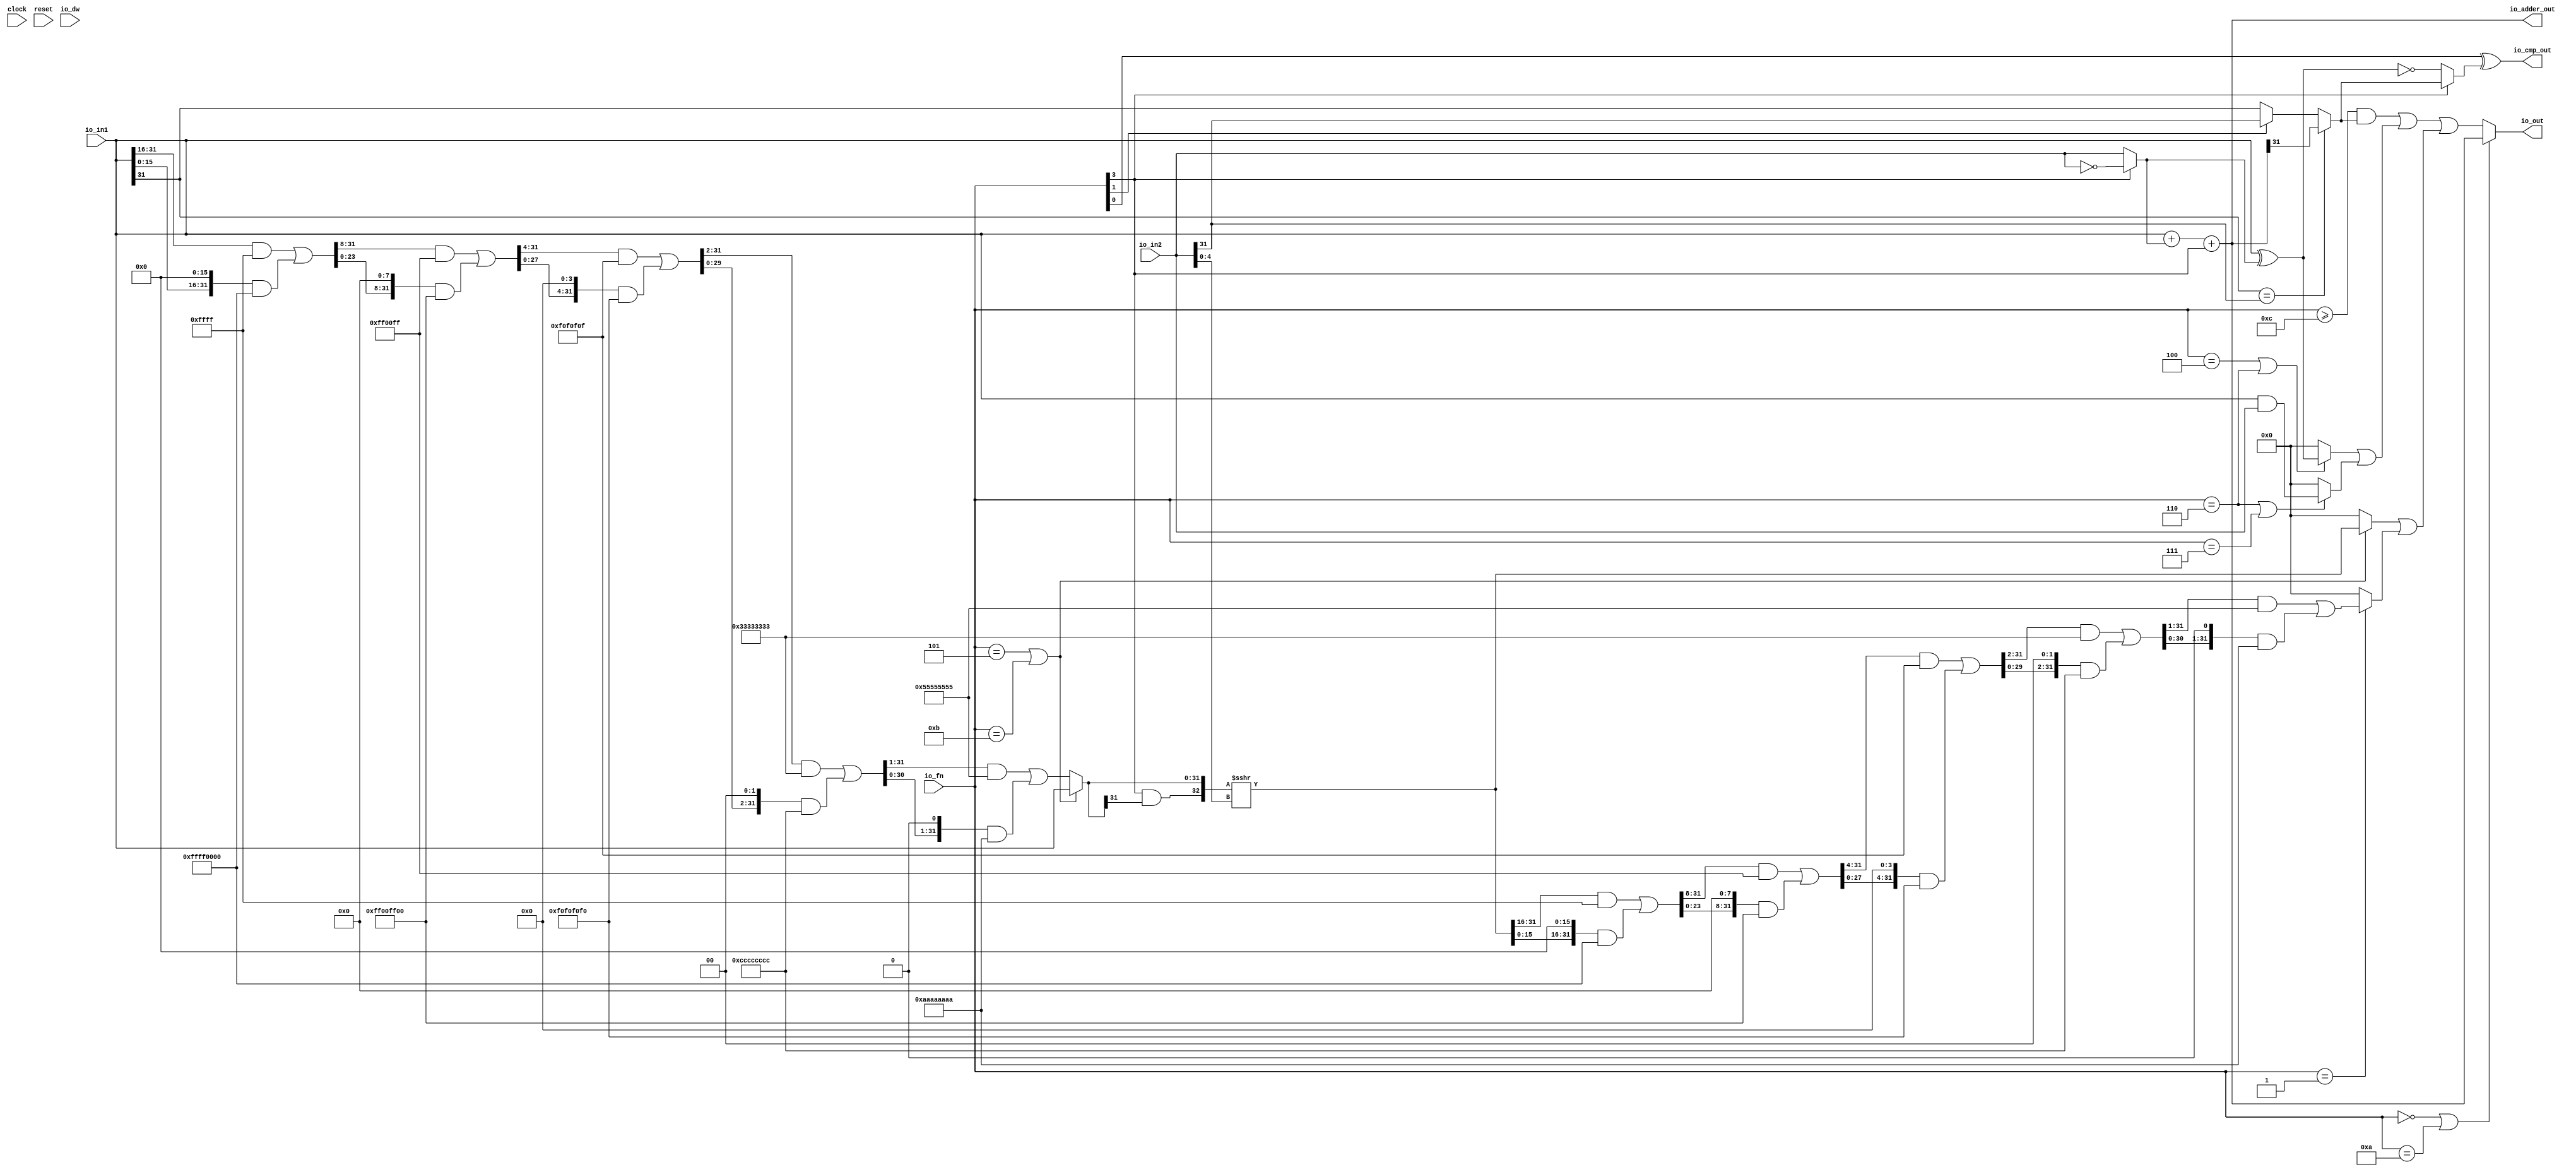
module ALU(
  input         clock,
  input         reset,
  input         io_dw,
  input  [3:0]  io_fn,
  input  [31:0] io_in2,
  input  [31:0] io_in1,
  output [31:0] io_out,
  output [31:0] io_adder_out,
  output        io_cmp_out
);
  wire [31:0] _in2_inv_T_1 = ~io_in2; // @[ALU.scala 99:35]
  wire [31:0] in2_inv = io_fn[3] ? _in2_inv_T_1 : io_in2; // @[ALU.scala 99:20]
  wire [31:0] in1_xor_in2 = io_in1 ^ in2_inv; // @[ALU.scala 100:28]
  wire [31:0] _io_adder_out_T_1 = io_in1 + in2_inv; // @[ALU.scala 101:26]
  wire [31:0] _GEN_0 = {{31'd0}, io_fn[3]}; // @[ALU.scala 101:36]
  wire  _slt_T_7 = io_fn[1] ? io_in2[31] : io_in1[31]; // @[ALU.scala 106:8]
  wire  slt = io_in1[31] == io_in2[31] ? io_adder_out[31] : _slt_T_7; // @[ALU.scala 105:8]
  wire  _io_cmp_out_T_2 = ~io_fn[3]; // @[ALU.scala 82:26]
  wire  _io_cmp_out_T_4 = _io_cmp_out_T_2 ? in1_xor_in2 == 32'h0 : slt; // @[ALU.scala 107:41]
  wire [4:0] shamt = io_in2[4:0]; // @[ALU.scala 111:28]
  wire  _shin_T_2 = io_fn == 4'h5 | io_fn == 4'hb; // @[ALU.scala 119:35]
  wire [31:0] _GEN_1 = {{16'd0}, io_in1[31:16]}; // @[Bitwise.scala 105:31]
  wire [31:0] _shin_T_6 = _GEN_1 & 32'hffff; // @[Bitwise.scala 105:31]
  wire [31:0] _shin_T_8 = {io_in1[15:0], 16'h0}; // @[Bitwise.scala 105:70]
  wire [31:0] _shin_T_10 = _shin_T_8 & 32'hffff0000; // @[Bitwise.scala 105:80]
  wire [31:0] _shin_T_11 = _shin_T_6 | _shin_T_10; // @[Bitwise.scala 105:39]
  wire [31:0] _GEN_2 = {{8'd0}, _shin_T_11[31:8]}; // @[Bitwise.scala 105:31]
  wire [31:0] _shin_T_16 = _GEN_2 & 32'hff00ff; // @[Bitwise.scala 105:31]
  wire [31:0] _shin_T_18 = {_shin_T_11[23:0], 8'h0}; // @[Bitwise.scala 105:70]
  wire [31:0] _shin_T_20 = _shin_T_18 & 32'hff00ff00; // @[Bitwise.scala 105:80]
  wire [31:0] _shin_T_21 = _shin_T_16 | _shin_T_20; // @[Bitwise.scala 105:39]
  wire [31:0] _GEN_3 = {{4'd0}, _shin_T_21[31:4]}; // @[Bitwise.scala 105:31]
  wire [31:0] _shin_T_26 = _GEN_3 & 32'hf0f0f0f; // @[Bitwise.scala 105:31]
  wire [31:0] _shin_T_28 = {_shin_T_21[27:0], 4'h0}; // @[Bitwise.scala 105:70]
  wire [31:0] _shin_T_30 = _shin_T_28 & 32'hf0f0f0f0; // @[Bitwise.scala 105:80]
  wire [31:0] _shin_T_31 = _shin_T_26 | _shin_T_30; // @[Bitwise.scala 105:39]
  wire [31:0] _GEN_4 = {{2'd0}, _shin_T_31[31:2]}; // @[Bitwise.scala 105:31]
  wire [31:0] _shin_T_36 = _GEN_4 & 32'h33333333; // @[Bitwise.scala 105:31]
  wire [31:0] _shin_T_38 = {_shin_T_31[29:0], 2'h0}; // @[Bitwise.scala 105:70]
  wire [31:0] _shin_T_40 = _shin_T_38 & 32'hcccccccc; // @[Bitwise.scala 105:80]
  wire [31:0] _shin_T_41 = _shin_T_36 | _shin_T_40; // @[Bitwise.scala 105:39]
  wire [31:0] _GEN_5 = {{1'd0}, _shin_T_41[31:1]}; // @[Bitwise.scala 105:31]
  wire [31:0] _shin_T_46 = _GEN_5 & 32'h55555555; // @[Bitwise.scala 105:31]
  wire [31:0] _shin_T_48 = {_shin_T_41[30:0], 1'h0}; // @[Bitwise.scala 105:70]
  wire [31:0] _shin_T_50 = _shin_T_48 & 32'haaaaaaaa; // @[Bitwise.scala 105:80]
  wire [31:0] _shin_T_51 = _shin_T_46 | _shin_T_50; // @[Bitwise.scala 105:39]
  wire [31:0] shin = io_fn == 4'h5 | io_fn == 4'hb ? io_in1 : _shin_T_51; // @[ALU.scala 119:17]
  wire  _shout_r_T_2 = io_fn[3] & shin[31]; // @[ALU.scala 120:35]
  wire [32:0] _shout_r_T_4 = {_shout_r_T_2,shin}; // @[ALU.scala 120:57]
  wire [32:0] _shout_r_T_5 = $signed(_shout_r_T_4) >>> shamt; // @[ALU.scala 120:64]
  wire [31:0] shout_r = _shout_r_T_5[31:0]; // @[ALU.scala 120:73]
  wire [31:0] _GEN_6 = {{16'd0}, shout_r[31:16]}; // @[Bitwise.scala 105:31]
  wire [31:0] _shout_l_T_3 = _GEN_6 & 32'hffff; // @[Bitwise.scala 105:31]
  wire [31:0] _shout_l_T_5 = {shout_r[15:0], 16'h0}; // @[Bitwise.scala 105:70]
  wire [31:0] _shout_l_T_7 = _shout_l_T_5 & 32'hffff0000; // @[Bitwise.scala 105:80]
  wire [31:0] _shout_l_T_8 = _shout_l_T_3 | _shout_l_T_7; // @[Bitwise.scala 105:39]
  wire [31:0] _GEN_7 = {{8'd0}, _shout_l_T_8[31:8]}; // @[Bitwise.scala 105:31]
  wire [31:0] _shout_l_T_13 = _GEN_7 & 32'hff00ff; // @[Bitwise.scala 105:31]
  wire [31:0] _shout_l_T_15 = {_shout_l_T_8[23:0], 8'h0}; // @[Bitwise.scala 105:70]
  wire [31:0] _shout_l_T_17 = _shout_l_T_15 & 32'hff00ff00; // @[Bitwise.scala 105:80]
  wire [31:0] _shout_l_T_18 = _shout_l_T_13 | _shout_l_T_17; // @[Bitwise.scala 105:39]
  wire [31:0] _GEN_8 = {{4'd0}, _shout_l_T_18[31:4]}; // @[Bitwise.scala 105:31]
  wire [31:0] _shout_l_T_23 = _GEN_8 & 32'hf0f0f0f; // @[Bitwise.scala 105:31]
  wire [31:0] _shout_l_T_25 = {_shout_l_T_18[27:0], 4'h0}; // @[Bitwise.scala 105:70]
  wire [31:0] _shout_l_T_27 = _shout_l_T_25 & 32'hf0f0f0f0; // @[Bitwise.scala 105:80]
  wire [31:0] _shout_l_T_28 = _shout_l_T_23 | _shout_l_T_27; // @[Bitwise.scala 105:39]
  wire [31:0] _GEN_9 = {{2'd0}, _shout_l_T_28[31:2]}; // @[Bitwise.scala 105:31]
  wire [31:0] _shout_l_T_33 = _GEN_9 & 32'h33333333; // @[Bitwise.scala 105:31]
  wire [31:0] _shout_l_T_35 = {_shout_l_T_28[29:0], 2'h0}; // @[Bitwise.scala 105:70]
  wire [31:0] _shout_l_T_37 = _shout_l_T_35 & 32'hcccccccc; // @[Bitwise.scala 105:80]
  wire [31:0] _shout_l_T_38 = _shout_l_T_33 | _shout_l_T_37; // @[Bitwise.scala 105:39]
  wire [31:0] _GEN_10 = {{1'd0}, _shout_l_T_38[31:1]}; // @[Bitwise.scala 105:31]
  wire [31:0] _shout_l_T_43 = _GEN_10 & 32'h55555555; // @[Bitwise.scala 105:31]
  wire [31:0] _shout_l_T_45 = {_shout_l_T_38[30:0], 1'h0}; // @[Bitwise.scala 105:70]
  wire [31:0] _shout_l_T_47 = _shout_l_T_45 & 32'haaaaaaaa; // @[Bitwise.scala 105:80]
  wire [31:0] shout_l = _shout_l_T_43 | _shout_l_T_47; // @[Bitwise.scala 105:39]
  wire [31:0] _shout_T_3 = _shin_T_2 ? shout_r : 32'h0; // @[ALU.scala 122:18]
  wire [31:0] _shout_T_5 = io_fn == 4'h1 ? shout_l : 32'h0; // @[ALU.scala 123:18]
  wire [31:0] shout = _shout_T_3 | _shout_T_5; // @[ALU.scala 122:70]
  wire  _logic_T_1 = io_fn == 4'h6; // @[ALU.scala 126:45]
  wire [31:0] _logic_T_3 = io_fn == 4'h4 | io_fn == 4'h6 ? in1_xor_in2 : 32'h0; // @[ALU.scala 126:18]
  wire [31:0] _logic_T_7 = io_in1 & io_in2; // @[ALU.scala 127:63]
  wire [31:0] _logic_T_8 = _logic_T_1 | io_fn == 4'h7 ? _logic_T_7 : 32'h0; // @[ALU.scala 127:18]
  wire [31:0] logic_ = _logic_T_3 | _logic_T_8; // @[ALU.scala 126:74]
  wire  _shift_logic_T = io_fn >= 4'hc; // @[ALU.scala 79:30]
  wire  _shift_logic_T_1 = _shift_logic_T & slt; // @[ALU.scala 128:35]
  wire [31:0] _GEN_11 = {{31'd0}, _shift_logic_T_1}; // @[ALU.scala 128:43]
  wire [31:0] _shift_logic_T_2 = _GEN_11 | logic_; // @[ALU.scala 128:43]
  wire [31:0] shift_logic = _shift_logic_T_2 | shout; // @[ALU.scala 128:51]
  assign io_out = io_fn == 4'h0 | io_fn == 4'ha ? io_adder_out : shift_logic; // @[ALU.scala 129:16]
  assign io_adder_out = _io_adder_out_T_1 + _GEN_0; // @[ALU.scala 101:36]
  assign io_cmp_out = io_fn[0] ^ _io_cmp_out_T_4; // @[ALU.scala 107:36]
endmodule